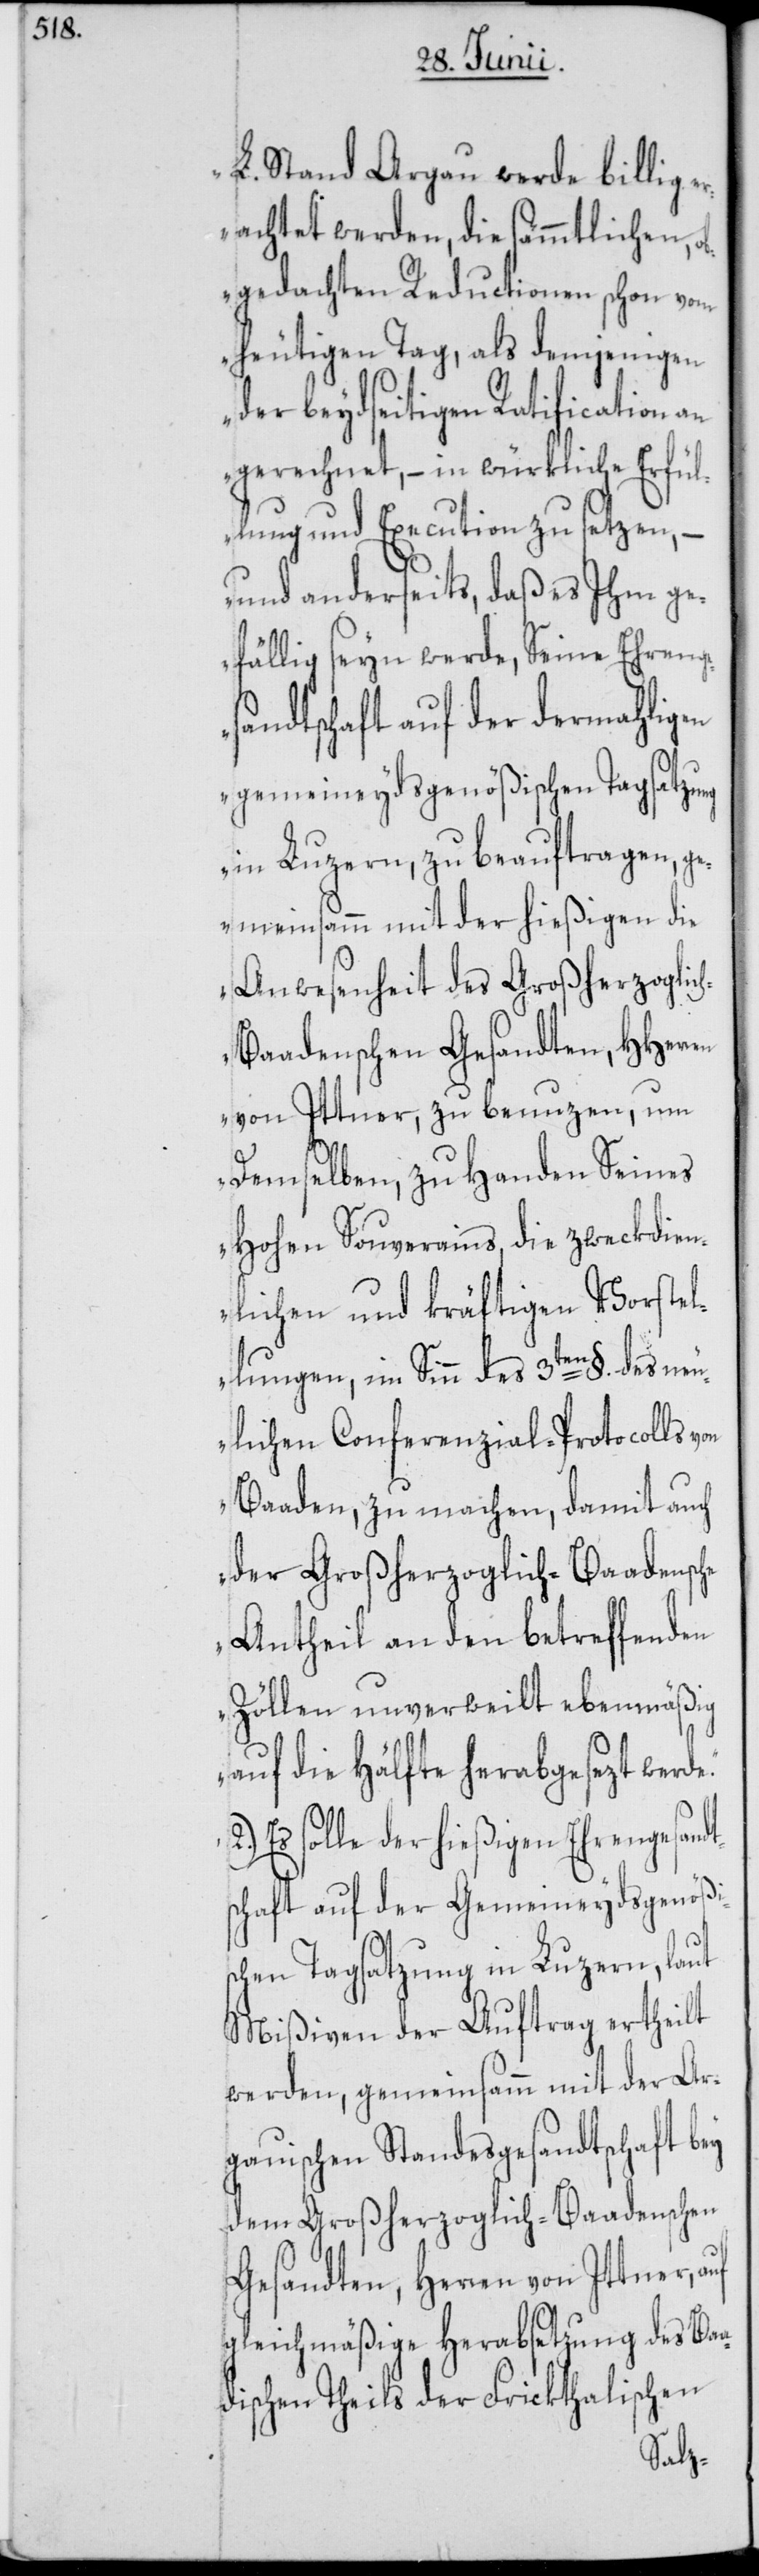
L. Stand Argau werde billig e¬
rachtet werden, die sämmtlichen, o¬
bgedachten Reductionen schon vom
heutigen Tag, als demjenigen
der beydseitigen Ratification an
gerechnet, – in würkliche Erfül¬
lung und Execution zu setzen, –
und anderseits, daß es Ihm ge¬
fällig seyn werde, Seine Ehrenge¬
sandtschaft auf der dermahligen
gemeineydsgenößischen Tagsatzung
in Luzern, zu beauftragen, g¬
emeinsamm mit der hießigen die
Anwesenheit des Großherzolglic¬
aadenschen Gesandten, HHerren
von Ittner, zu benuzen, um
demselben zu Handen Seines
Hohen Souverains, die zweckdien¬
lichen und kräftigen Vorstel¬
lungen, im Sinn des 3ten §. des neu¬
lichen Conferenzial-Protocolls
Baaden, zu machen, damit auch
der Großherzoglich-Baadensche
Antheil an den betreffenden
Zöllen unverweilt ebenmäßig
auf die Hälfte herabgesezt werd¬
Es solle der hießigen Ehrengesand¬
schaft auf der Gemeineydsgenößi¬
schen Tagsatzung in Luzern, laut
Mißiven der Auftrag ertheilt
werden, gemeinsamm mit der Ar¬
gauischen Standesgesandtschaft bey
dem Großherzoglich-Baadenschen
Gesandten, Herren von Ittner,
gleichmäßige Herabsetzung des Ba¬
dischen Theils der Fricktalischen
a¬